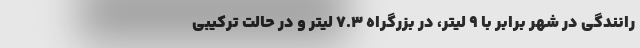
رانندگی در شهر برابر با 9 لیتر، در بزرگراه 7.3 لیتر و در حالت ترکیبی